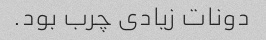
دونات زیادی چرب بود.